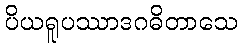
ပိယရူပဿာဒဂဓိတာသေ